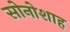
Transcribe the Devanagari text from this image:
सोनोशाह